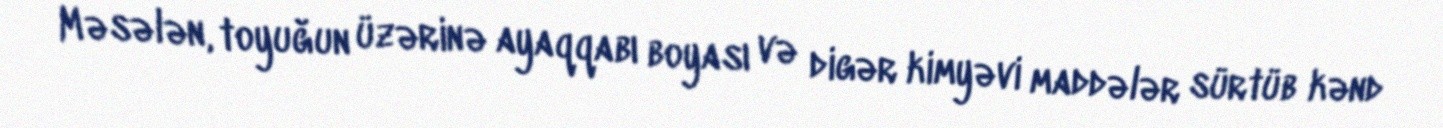
Məsələn, toyuğun üzərinə ayaqqabı boyası və digər kimyəvi maddələr sürtüb kənd